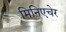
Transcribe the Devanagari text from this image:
मिनिएचेर